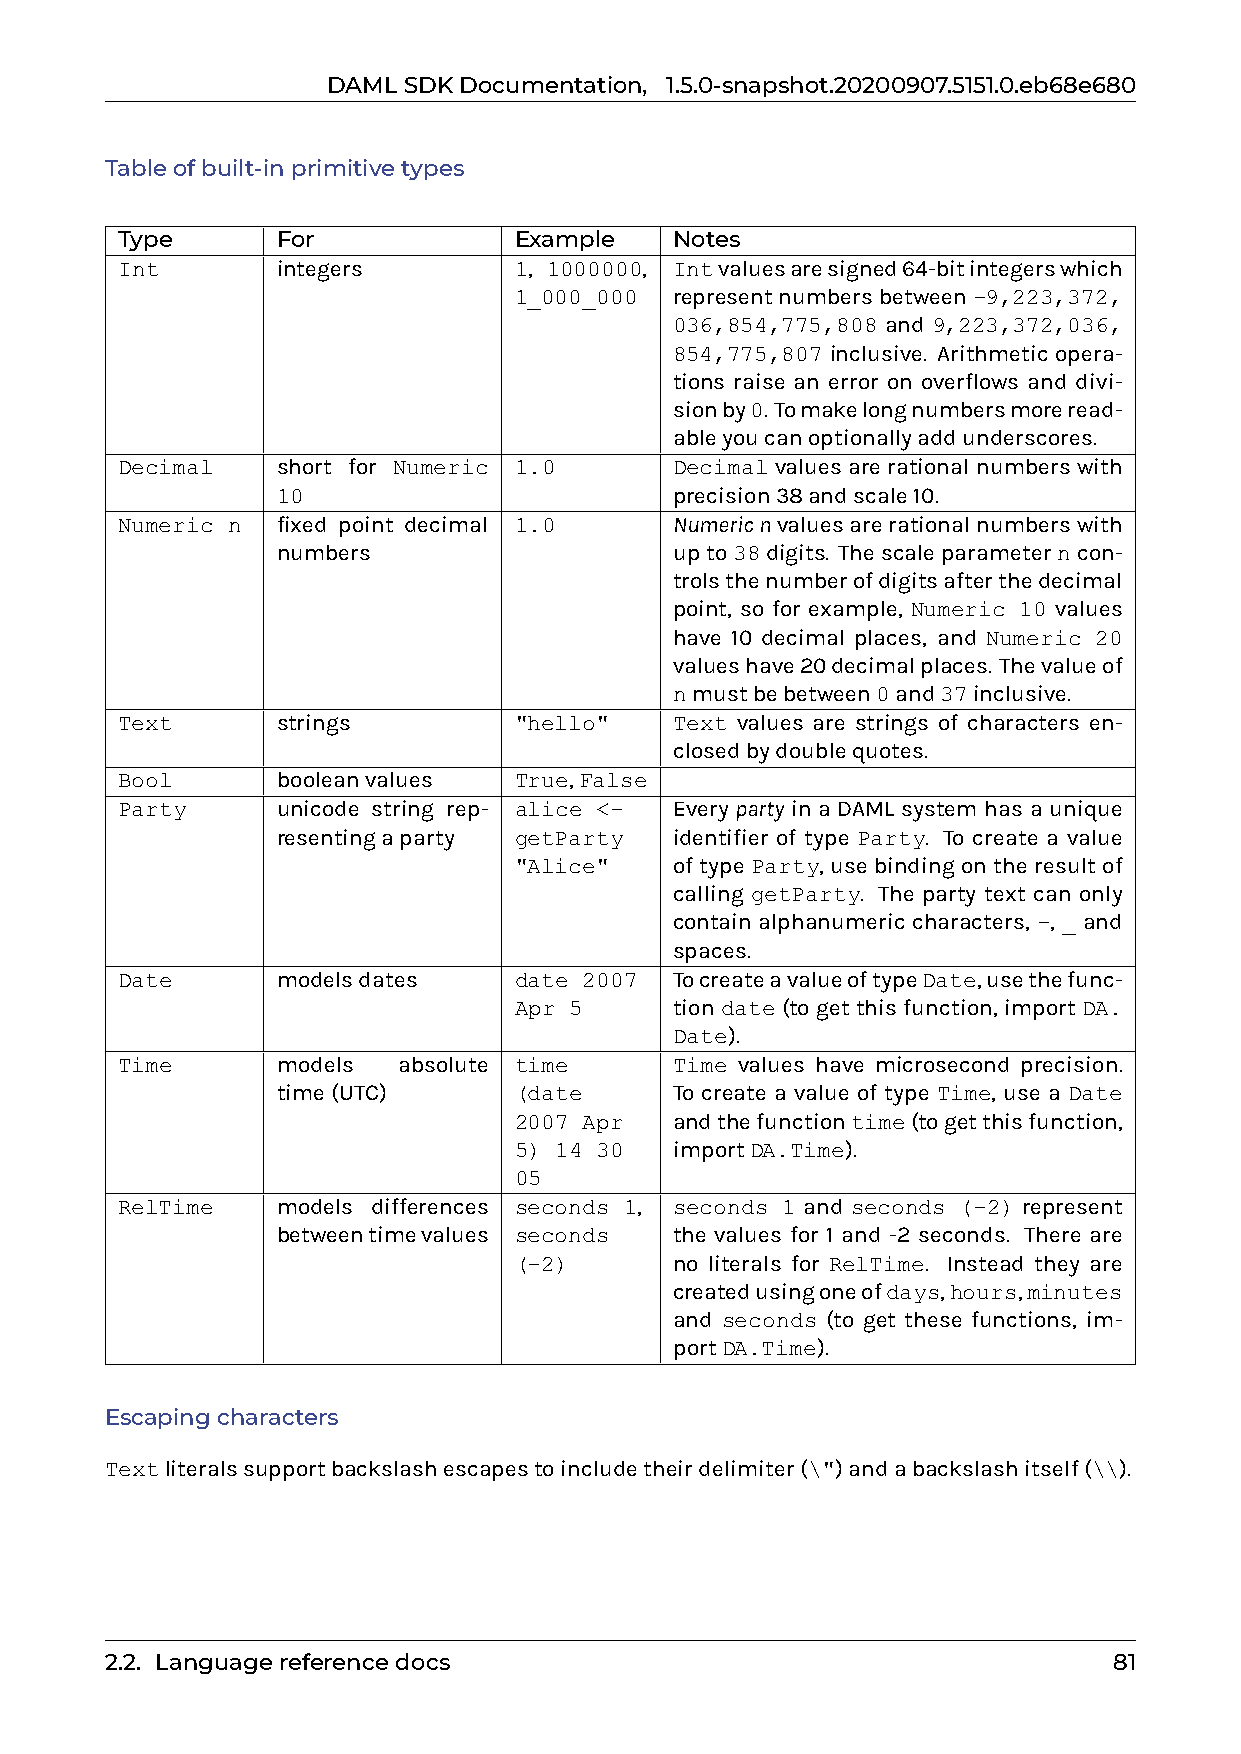
DAMLSDKDocumentation, 1.5.0-snapshot.20200907.5151.0.eb68e680
 Tableofbuilt-inprimitivetypes
 Type      For             Example    Notes
 Int       integers        1, 1000000, Intvaluesaresigned64-bitintegerswhich
 1_000_000  representnumbersbetween-9,223,372,
 036,854,775,808 and 9,223,372,036,
 854,775,807 inclusive. Arithmetic opera-
 tions raise an error on overflows and divi-
 sionby0. Tomakelongnumbersmoreread-
 ableyoucanoptionallyaddunderscores.
 Decimal   short for Numeric 1.0      Decimalvaluesarerationalnumberswith
 10                         precision38andscale10.
 Numeric n fixed point decimal 1.0    Numericnvaluesarerationalnumberswith
 numbers                    upto38digits. Thescaleparameterncon-
 trolsthenumberofdigitsafterthedecimal
 point, so for example, Numeric 10 values
 have 10 decimal places, and Numeric 20
 valueshave20decimalplaces. Thevalueof
 nmustbebetween0and37inclusive.
 Text      strings         "hello"    Text values are strings of characters en-
 closedbydoublequotes.
 Bool      booleanvalues   True,False
 Party     unicode string rep- alice <- Every party in a DAML system has a unique
 resentingaparty getParty   identifier of type Party. To create a value
 "Alice"    of type Party, use binding on the result of
 calling getParty. The party text can only
 contain alphanumeric characters, -, _ and
 spaces.
 Date      modelsdates     date 2007  TocreateavalueoftypeDate,usethefunc-
 Apr 5      tion date (to get this function, import DA.
 Date).
 Time      models  absolute time      Time values have microsecond precision.
 time(UTC)       (date      To create a value of type Time, use a Date
 2007 Apr   andthefunctiontime(togetthisfunction,
 5) 14 30   importDA.Time).
 05
 RelTime   models differences seconds 1, seconds 1 and seconds (-2) represent
 betweentimevalues seconds  the values for 1 and -2 seconds. There are
 (-2)       no literals for RelTime. Instead they are
 createdusingoneofdays,hours,minutes
 and seconds (to get these functions, im-
 portDA.Time).
 Escapingcharacters
 Textliteralssupportbackslashescapestoincludetheirdelimiter(\")andabackslashitself(\\).
 2.2. Languagereferencedocs                                         81